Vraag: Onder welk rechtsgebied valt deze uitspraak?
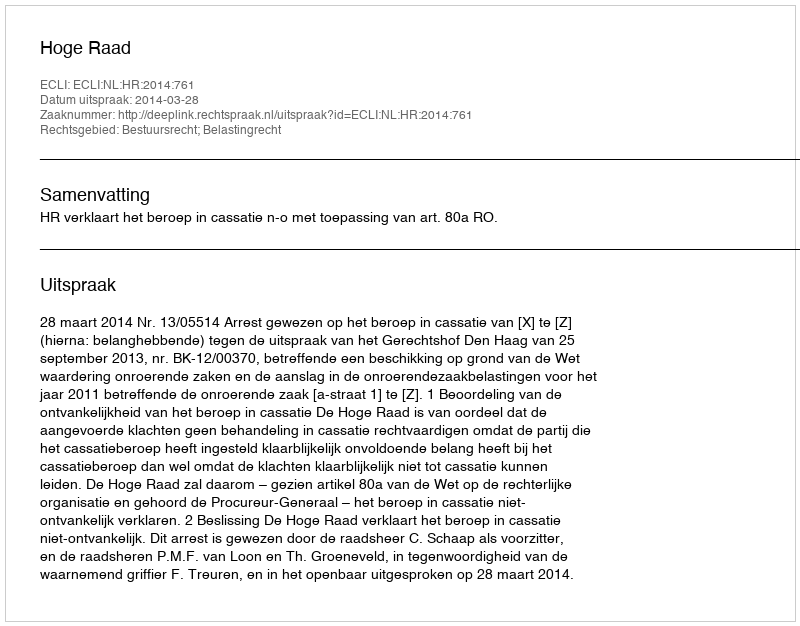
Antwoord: Bestuursrecht; Belastingrecht